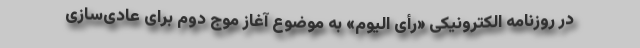
در روزنامه الکترونیکی «رأی الیوم» به موضوع آغاز موج دوم برای عادی‌سازی